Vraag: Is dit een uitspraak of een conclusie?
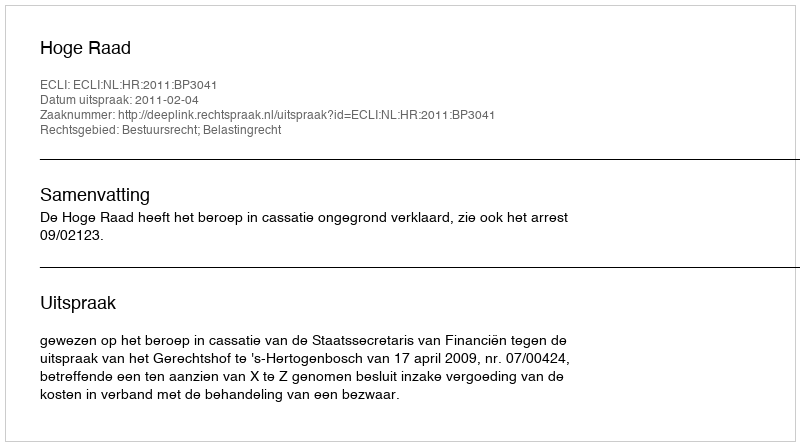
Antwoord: Uitspraak